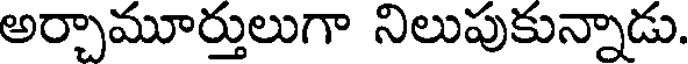
అర్చామూర్తులుగా నిలుపుకున్నాడు.